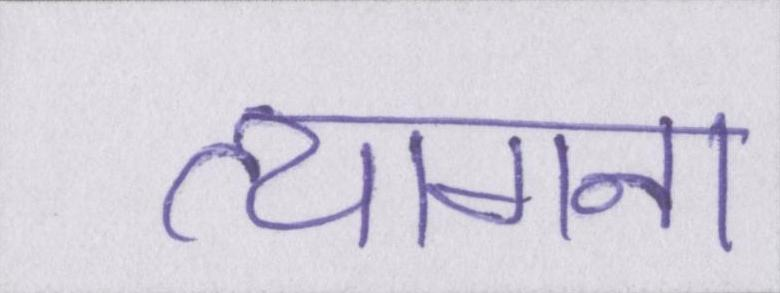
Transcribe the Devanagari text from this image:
त्यागना